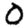
Digit: 0